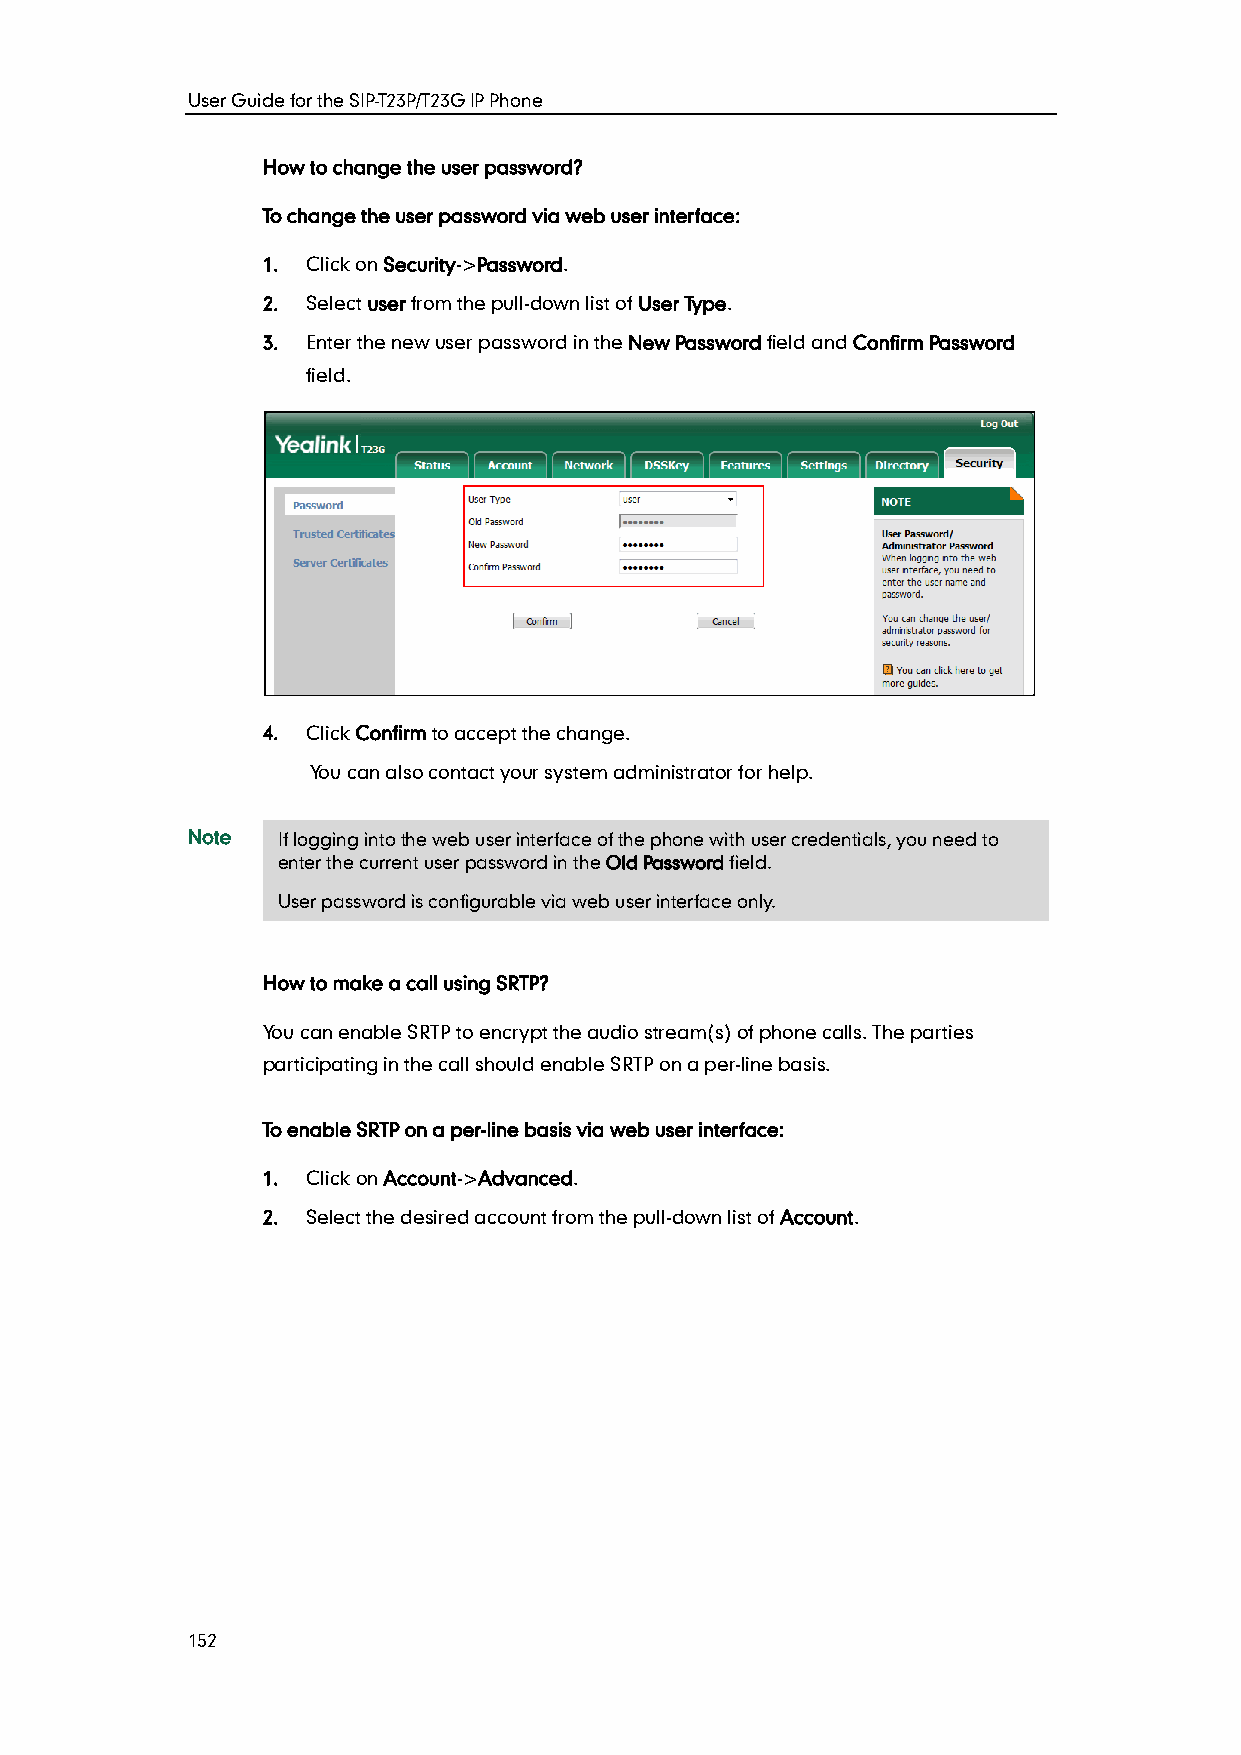
User Guide for the SIP-T23P/T23G IP Phone
 How to change the user password?
 To change the user password via web user interface:
 1. Click on Security->Password.
 2. Select user from the pull-down list of User Type.
 3. Enter the new user password in the New Password field and Confirm Password
 field.
 4. Click Confirm to accept the change.
 You can also contact your system administrator for help.
 Note  If logging into the web user interface of the phone with user credentials, you need to
 enter the current user password in the Old Password field.
 User password is configurable via web user interface only.
 How to make a call using SRTP?
 You can enable SRTP to encrypt the audio stream(s) of phone calls. The parties
 participating in the call should enable SRTP on a per-line basis.
 To enable SRTP on a per-line basis via web user interface:
 1. Click on Account->Advanced.
 2. Select the desired account from the pull-down list of Account.
 152